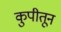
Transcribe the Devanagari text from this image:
कुपीतून